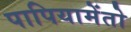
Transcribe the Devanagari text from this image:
पापियामेंतो